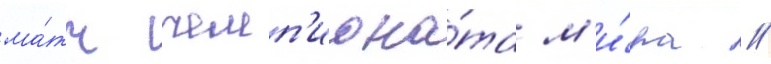
ма́тч чемп'иона́та м'и́ра //